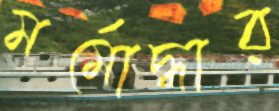
মর্মোদ্ধার